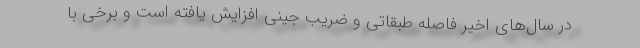
در سال‌های اخیر فاصله طبقاتی و ضریب جینی افزایش یافته است و برخی با